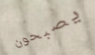
يصبحون